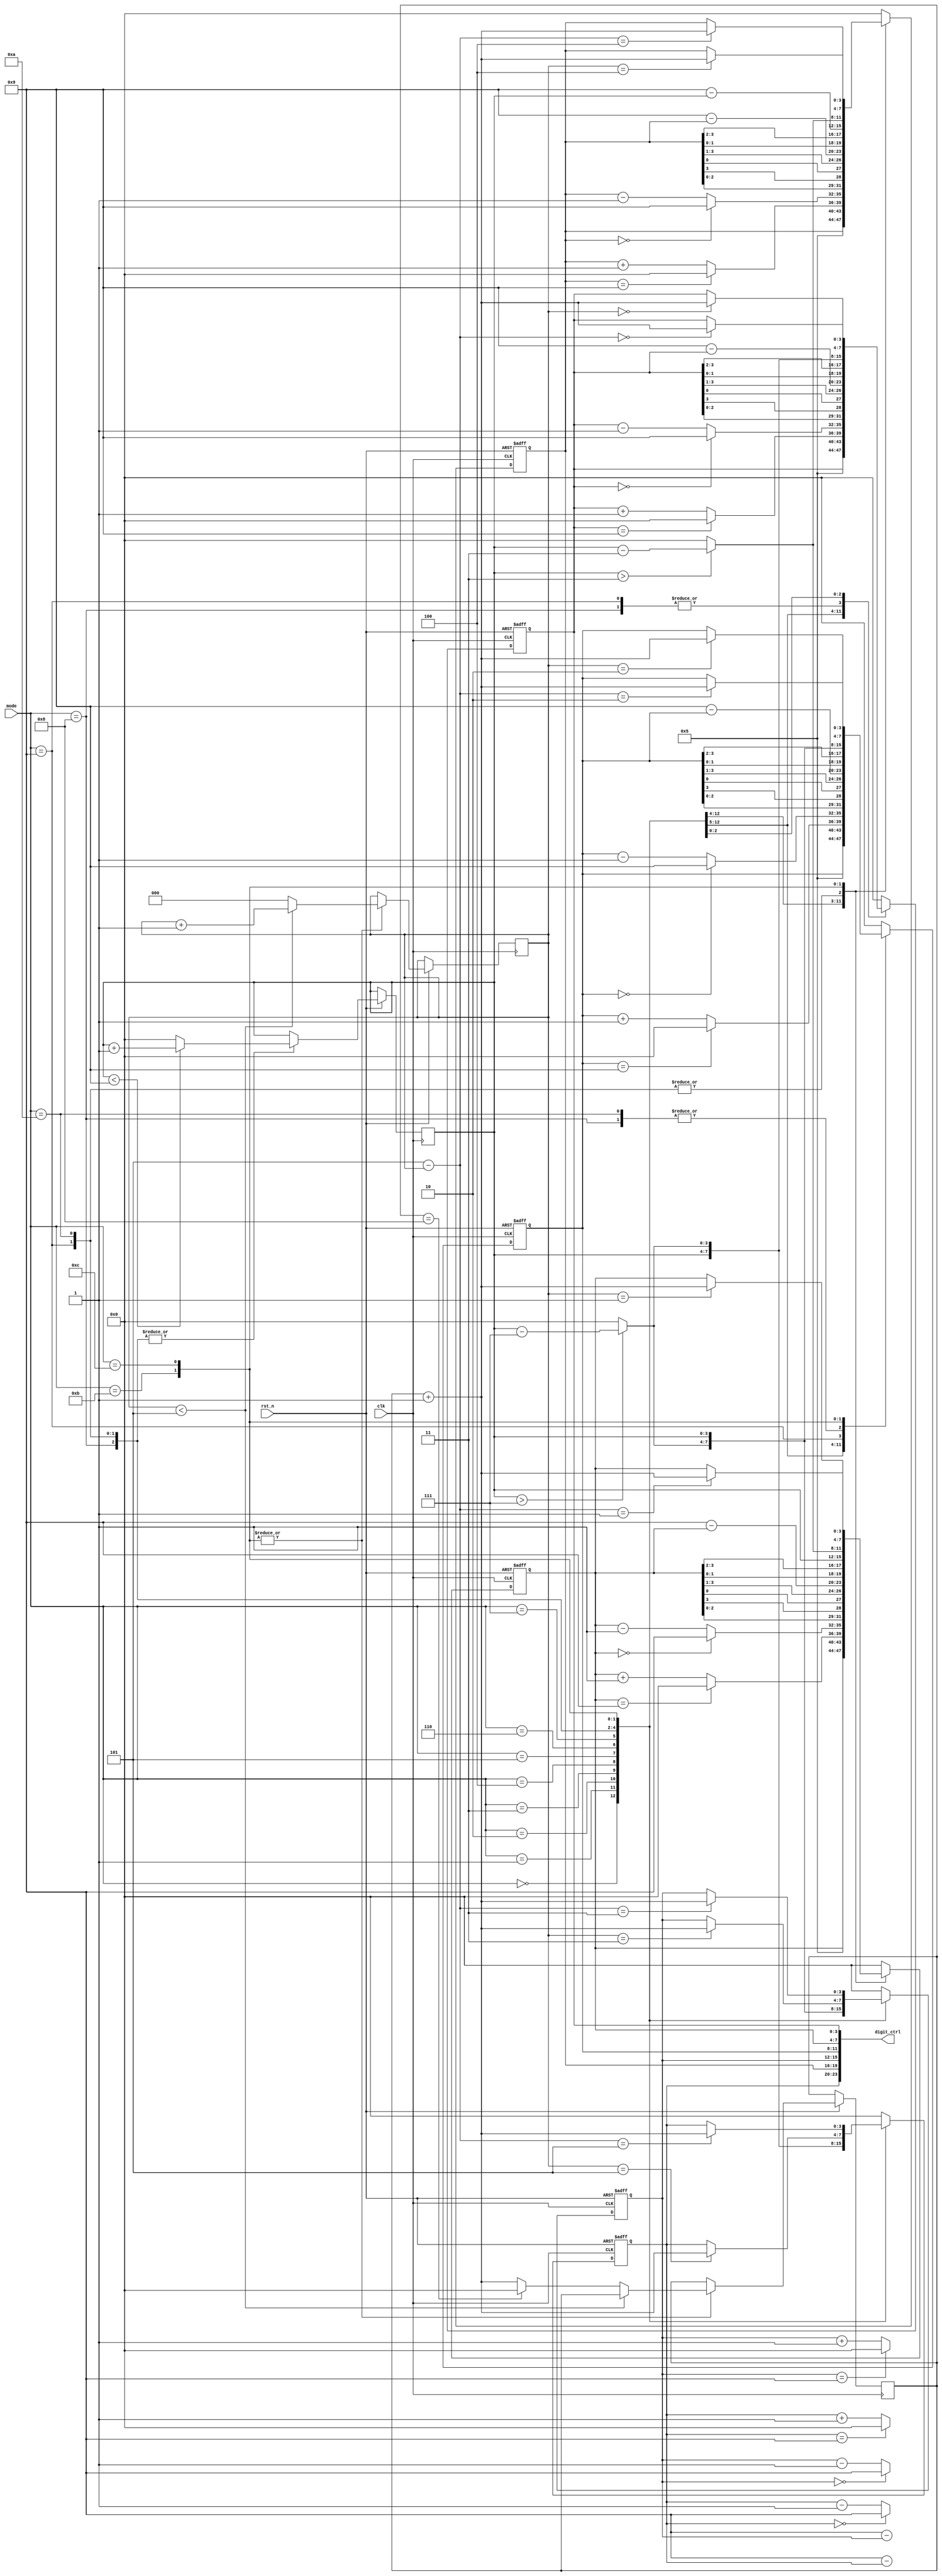
module digit_display(
    input wire clk,
    input wire rst_n,
    input wire [3:0] mode,
    output reg [23:0] digit_ctrl // 46
);

    // 6
    reg [3:0] digits [5:0];
    reg [2:0] current_digit; // 
    reg [3:0] value;         // 
    reg [3:0] counter;       // 
    
    integer i;

    // 
    initial begin
        for (i = 0; i < 6; i = i + 1) begin
            digits[i] = 4'd2;
        end
        current_digit = 3'd0;
        value = 4'd0;
        counter = 4'd0;
		i <= 0;
    end

    // 
    always @(posedge clk or negedge rst_n) begin
        if (!rst_n) begin
            for (i = 0; i < 6; i = i + 1) begin
                digits[i] <= 4'd0;
            end
        end else begin
            case (mode)
                4'd0: begin 
                   // LED
                end
                4'd1: begin // 0101
                    for (i = 0; i < 6; i = i + 1) begin
                        digits[i] <= 4'b0101;
                    end
                end 
                4'd2: begin // 
                    for (i = 0; i < 6; i = i + 1) begin
                        if (digits[i] == 4'd9)
                            digits[i] <= 4'd0;
                        else
                            digits[i] <= digits[i] + 4'd1;
                    end
                end
                4'd3: begin // 
                    for (i = 0; i < 6; i = i + 1) begin
                        if (digits[i] == 4'd0)
                            digits[i] <= 4'd9;
                        else
                            digits[i] <= digits[i] - 4'd1;
                    end
                end
                4'd4: begin // 
                    for (i = 0; i < 6; i = i + 1) begin
                        digits[i] <= {digits[i][2:0], digits[i][3]};
                    end
                end
                4'd5: begin // 
                    for (i = 0; i < 6; i = i + 1) begin
                        digits[i] <= {digits[i][0], digits[i][3:1]};
                    end
                end
                4'd6: begin // 
                    for (i = 0; i < 6; i = i + 1) begin
                        digits[i] <= 4'd9 - digits[i];
                    end
                end
                4'd7: begin // 
                    for (i = 0; i < 6; i = i + 1) begin
                        digits[i] <= {digits[i][1:0], digits[i][3:2]};
                    end
                end
                4'd8: begin // 16, 25, 34
                    for (i = 0; i < 3; i = i + 1) begin
                        digits[i] = counter;
                    end
                    for (i = 3; i < 6; i = i + 1) begin 
                        digits[i] = 4'd9 - counter;
                    end

                    if (counter < 4'd9) begin
                        counter <= counter + 4'd1;
                    end else begin
                        counter <= 4'd0;
                    end
                end   
                 4'd9: begin // 
                    if (counter < 4'd9) begin
                        counter <= counter + 4'd1;
                    end else begin
                        counter <= 4'd0;
                    end

                    digits[0] <= counter;
                    digits[5] <= counter;
                    if (counter > 4'd3) begin
                        digits[1] <= counter - 4'd3;
                        digits[4] <= counter - 4'd3;
                    end else begin
                        digits[1] <= 4'd0;
                        digits[4] <= 4'd0;
                    end
                    if (counter > 4'd7) begin
                        digits[2] <= counter - 4'd7;
                        digits[3] <= counter - 4'd7;
                    end else begin
                        digits[2] <= 4'd0;
                        digits[3] <= 4'd0;
                    end
                end
                4'd10: begin // 
                    if (counter < 4'd9) begin
                        counter <= counter + 4'd1;
                    end else begin
                        counter <= 4'd0;
                    end

                    digits[2] <= counter;
                    digits[3] <= counter;
                    if (counter > 4'd3) begin
                        digits[1] <= counter - 4'd3;
                        digits[4] <= counter - 4'd3;
                    end else begin
                        digits[1] <= 4'd0;
                        digits[4] <= 4'd0;
                    end
                    if (counter > 4'd7) begin
                        digits[0] <= counter - 4'd7;
                        digits[5] <= counter - 4'd7;
                    end else begin
                        digits[0] <= 4'd0;
                        digits[5] <= 4'd0;
                    end
                end
                4'd11: begin // 
                    if (current_digit < 3'd5) begin
                        current_digit <= current_digit + 3'd1;
                    end else begin
                        current_digit <= 3'd0;
                        value <= (value == 4'd8) ? 4'd0 : value + 4'd1;
                    end

                    digits[current_digit] <= value + 4'd1;
                end
                4'd12: begin //
                    if (current_digit < 3'd5) begin
                        current_digit <= current_digit + 3'd1;
                    end else begin
                        current_digit <= 3'd0;
                        value <= (value == 4'd8) ? 4'd0 : value + 4'd1;
                    end
                    digits[5 - current_digit] <= value + 4'd1;
                end
                default: begin
                    for (i = 0; i < 6; i = i + 1) begin
                        digits[i] <= 4'b0000;
                    end
                end
            endcase
        end
    end

    // digit_ctrl
    always @(*) begin
        for (i = 0; i < 6; i = i + 1) begin
            digit_ctrl[i*4 +: 4] = digits[i];
        end
    end

endmodule